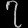
Digit: ၇